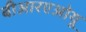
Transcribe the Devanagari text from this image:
बीआरएओयू